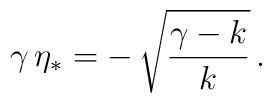
\gamma \, \eta_* = - \, \sqrt{\frac{\gamma - k}{k}} \,.